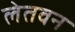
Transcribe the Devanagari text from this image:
लेतवन